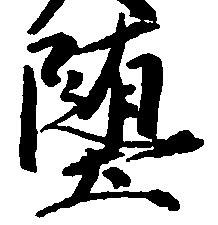
墜